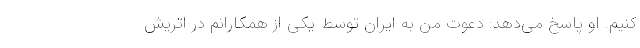
‌کنیم. او پاسخ می‌دهد: دعوت من به ایران توسط یکی از همکارانم در اتریش